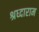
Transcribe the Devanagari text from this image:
श्रध्दाराम